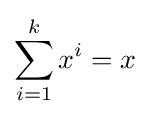
\sum _{i=1}^{k}x^{i}=x